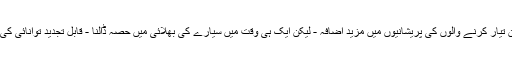
تیل اور دیگر جیواشم ایندھن تیار کرنے والوں کی پریشانیوں میں مزید اضافہ - لیکن ایک ہی وقت میں سیارے کی بھلائی میں حصہ ڈالنا - قابل تجدید توانائی کی صنعت کا عروج رہا ہے۔